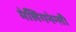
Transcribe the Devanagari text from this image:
मेलिगनेन्सी